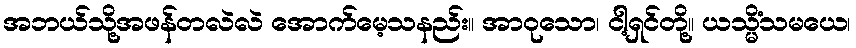
အဘယ်သို့အဖန်တလဲလဲ အောက်မေ့သနည်း။ အာဝုသော၊ ငါ့ရှင်တို့။ ယသ္မိံသမယေ၊